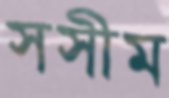
সসীম